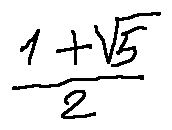
\frac { 1 + \sqrt { 5 } } { 2 }